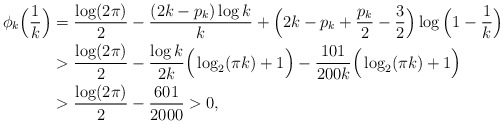
\begin{align*}\phi_k\Big(\frac{1}{k}\Big) & = \frac{\log(2\pi)}{2} - \frac{(2k-p_k)\log k}{k} + \Big(2k-p_k+\frac{p_k}{2}-\frac{3}{2}\Big)\log\Big(1-\frac{1}{k}\Big) \\& > \frac{\log(2\pi)}{2} - \frac{\log k}{2k} \Big(\log_2(\pi k) + 1\Big) - \frac{101}{200k}\Big(\log_2(\pi k) + 1\Big) \\& > \frac{\log(2\pi)}{2} - \frac{601}{2000} > 0,\end{align*}